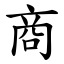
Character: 商